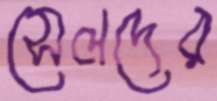
সেলদের